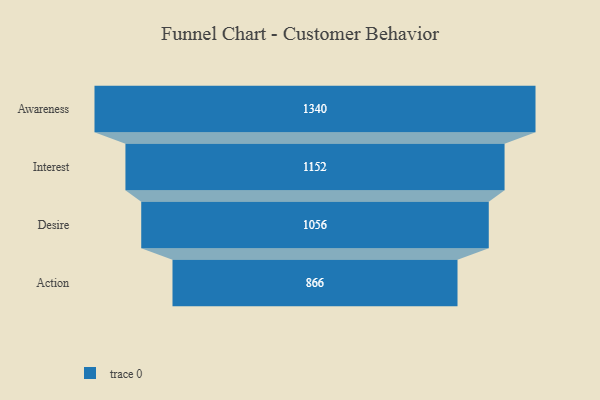
{"axis": {"x": "Stage", "y": "Value"}, "legend": [""], "data": [{"x": "Awareness", "y": 1340.0, "type": ""}, {"x": "Interest", "y": 1152.0, "type": ""}, {"x": "Desire", "y": 1056.0, "type": ""}, {"x": "Action", "y": 866.0, "type": ""}]}